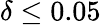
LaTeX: \delta\leq 0.05